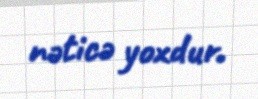
nəticə yoxdur.